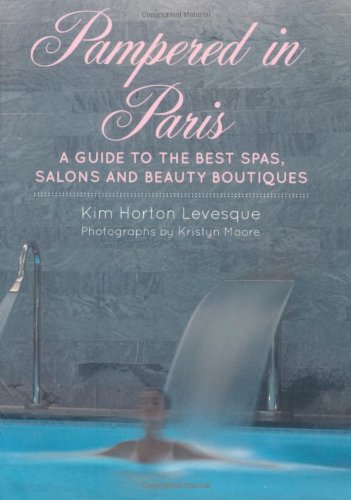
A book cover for Pampered in Paris: A Guide to the Best Spas, Salons and Beauty Boutiques; Kim Horton Levesque; Travel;